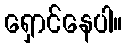
ရှောင်နေပါ။